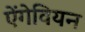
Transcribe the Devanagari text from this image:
ऐंगेवियन